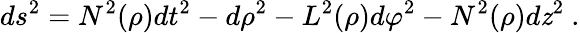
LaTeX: ds^{2}=N^{2}(\rho)dt^{2}-d\rho^{2}-L^{2}(\rho)d\varphi^{2}-N^{2}(\rho)d\mathit{z}^{2}\ .